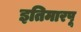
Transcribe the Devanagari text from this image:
इतिमारपू